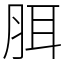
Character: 䏪